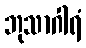
ဘုသာဂါရံ